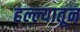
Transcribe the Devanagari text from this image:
हल्ल्यातून